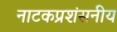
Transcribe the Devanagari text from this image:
नाटकप्रशंसनीय